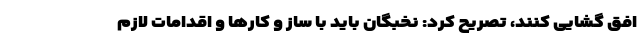
افق گشایی کنند، تصریح کرد: ‌نخبگان باید با ساز و کارها و اقدامات لازم